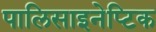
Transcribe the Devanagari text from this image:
पालिसाइनेप्टिक